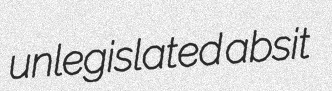
unlegislated absit